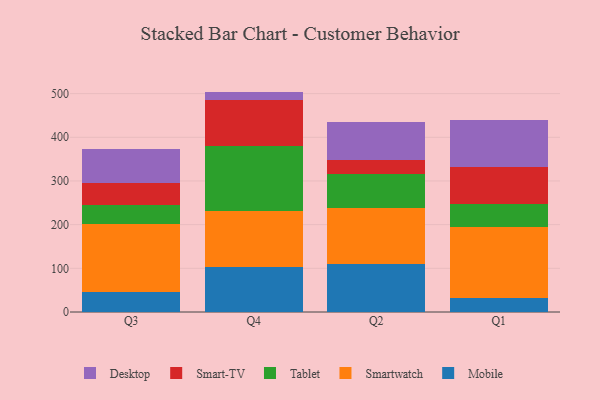
{"axis": {"x": "Quarter", "y": "Conversion Rate (%)"}, "legend": ["Desktop", "Mobile", "Smart-TV", "Smartwatch", "Tablet"], "data": [{"x": "Q3", "y": 46.2, "type": "Mobile"}, {"x": "Q3", "y": 156.0, "type": "Smartwatch"}, {"x": "Q3", "y": 43.9, "type": "Tablet"}, {"x": "Q3", "y": 49.5, "type": "Smart-TV"}, {"x": "Q3", "y": 78.5, "type": "Desktop"}, {"x": "Q4", "y": 103.0, "type": "Mobile"}, {"x": "Q4", "y": 127.6, "type": "Smartwatch"}, {"x": "Q4", "y": 150.2, "type": "Tablet"}, {"x": "Q4", "y": 105.6, "type": "Smart-TV"}, {"x": "Q4", "y": 18.2, "type": "Desktop"}, {"x": "Q2", "y": 110.3, "type": "Mobile"}, {"x": "Q2", "y": 127.2, "type": "Smartwatch"}, {"x": "Q2", "y": 78.2, "type": "Tablet"}, {"x": "Q2", "y": 33.2, "type": "Smart-TV"}, {"x": "Q2", "y": 85.6, "type": "Desktop"}, {"x": "Q1", "y": 31.8, "type": "Mobile"}, {"x": "Q1", "y": 163.9, "type": "Smartwatch"}, {"x": "Q1", "y": 51.9, "type": "Tablet"}, {"x": "Q1", "y": 84.7, "type": "Smart-TV"}, {"x": "Q1", "y": 106.6, "type": "Desktop"}]}